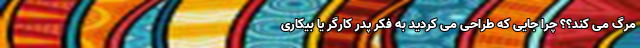
مرگ می کند؟؟ چرا جایی که طراحی می کردید به فکر پدر کارگر یا بیکاری